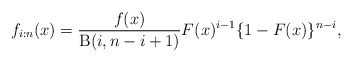
\begin{align*}f_{i:n}(x)=\frac{f(x)}{\operatorname{B}(i,n-i+1)}F(x)^{i-1}\{1-F(x)\}^{n-i},\end{align*}